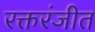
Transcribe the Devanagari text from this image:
रक्तरंजीत